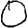
Digit: 0